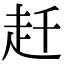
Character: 𧺛